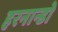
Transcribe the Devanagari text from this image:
हरनान्डो